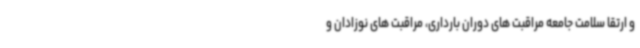
و ارتقا سلامت جامعه مراقبت های دوران بارداری، مراقبت های نوزادان و